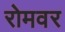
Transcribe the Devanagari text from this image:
रोमवर